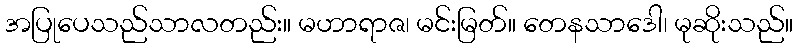
အပြုပေသည်သာလတည်း။ မဟာရာဇ၊ မင်းမြတ်။ တေနသာဒေါ၊ မုဆိုးသည်။